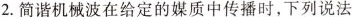
2.简谐机械波在给定的媒质中传播时，下列说法